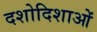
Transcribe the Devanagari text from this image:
दशोदिशाओं